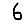
Digit: 6